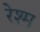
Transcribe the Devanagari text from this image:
रेश्म